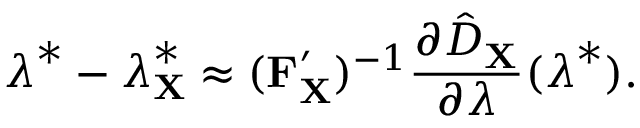
\boldsymbol { \lambda } ^ { * } - \boldsymbol { \lambda } _ { \mathbf { X } } ^ { * } \approx ( \mathbf { F } _ { \mathbf { X } } ^ { \prime } ) ^ { - 1 } \frac { \partial \hat { D } _ { \mathbf { X } } } { \partial \boldsymbol { \lambda } } ( \boldsymbol { \lambda } ^ { * } ) .